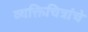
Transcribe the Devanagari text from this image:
व्यक्तिचित्रांचे